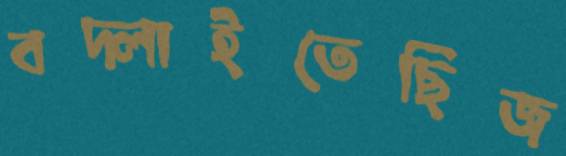
বদ্‌লাইতেছিজ